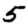
Digit: 5